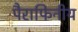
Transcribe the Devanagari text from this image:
पैराफिनीय